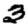
Digit: 3